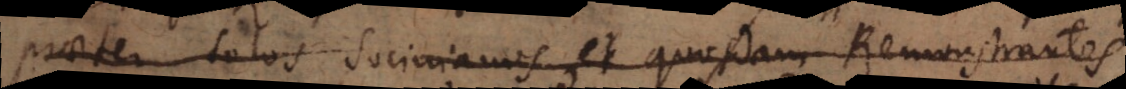
praeter solos Socinianos et quosdam Remonstrantes